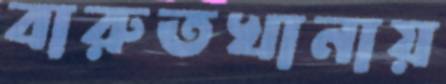
বারুতখানায়